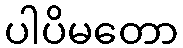
ပါပိမတော